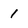
Character: 1